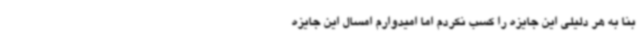
بنا به هر دلیلی این جایزه را کسب نکردم اما امیدوارم امسال این جایزه